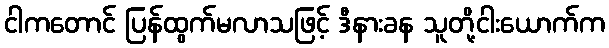
ငါကတောင် ပြန်ထွက်မလာသဖြင့် ဒီနားခန သူတို့ငါးယောက်က